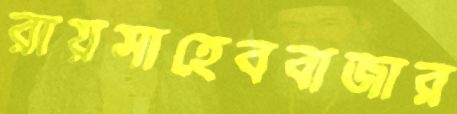
রায়সাহেববাজার